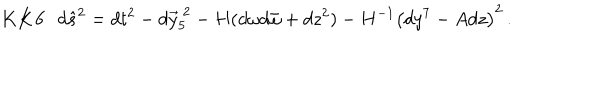
{ \bf K K 6 } \, \, \, \, d \hat { s } ^ { 2 } = d t ^ { 2 } - d \vec { y } _ { 5 } ^ { \ 2 } - H ( d \omega d \bar { \omega } + d z ^ { 2 } ) - H ^ { - 1 } \left( d y ^ { 7 } - A d z \right) ^ { 2 } \, .